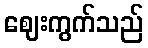
ဈေးကွက်သည်